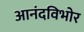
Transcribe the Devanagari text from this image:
आनंदविभोर